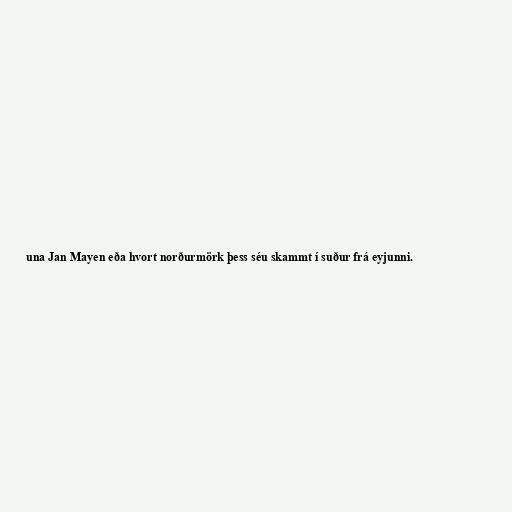
una Jan Mayen eða hvort norðurmörk þess séu skammt í suður frá eyjunni.